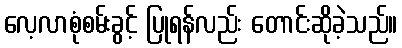
လေ့လာစုံစမ်းခွင့် ပြုရန်လည်း တောင်းဆိုခဲ့သည်။